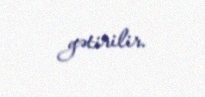
gətirilir.